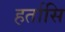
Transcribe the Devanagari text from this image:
हर्तासि